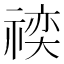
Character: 𬓍